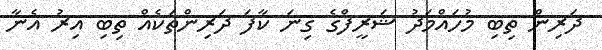
ދަރިން ތިބި މުހައްމަދު ޝަރީފްގެ ގިނަ ކާފަ ދަރިންތަކެއް ތިބި އިރު އެނާ